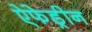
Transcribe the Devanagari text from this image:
ऐफेड्रीन